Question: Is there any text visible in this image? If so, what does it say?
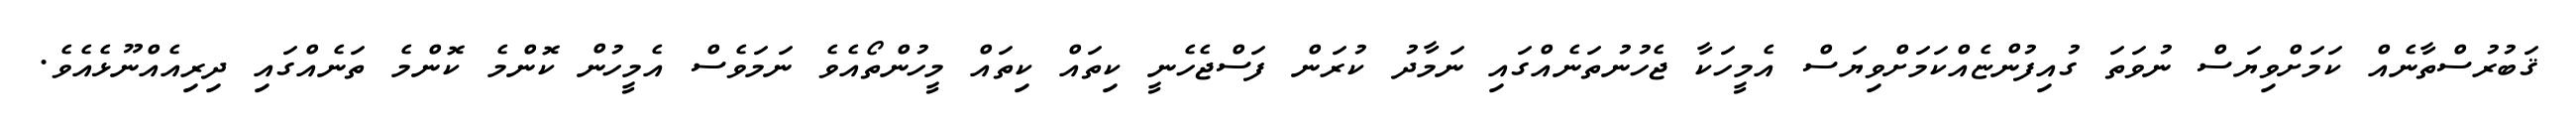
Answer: ޤަބުރުސްތާނެއް ކަމަށްވިޔަސް ނުވަތަ ގުއިފުންޏެއްކަމަށްވިޔަސް އެމީހަކާ ޖެހުނުތަނެއްގައި ނަމާދު ކުރަން ފަސްޖެހެނީ ކިތައް ކިތައް މީހުންތޯއެވެ ނަމަވެސް އެމީހުން ކޮންމެ ކޮންމެ ތަނެއްގައި ދިރިއެއްނޫޅެއެވެ.